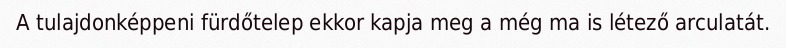
A tulajdonképpeni fürdőtelep ekkor kapja meg a még ma is létező arculatát.